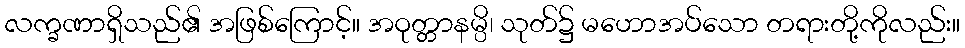
လက္ခဏာရှိသည်၏ အဖြစ်ကြောင့်။ အဝုတ္တာနမ္ပိ၊ သုတ်၌ မဟောအပ်သော တရားတို့ကိုလည်း။